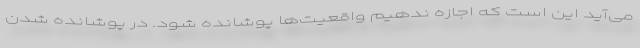
می‌آید این است که اجازه ندهیم واقعیت‌ها پوشانده شود. در پوشانده شدن